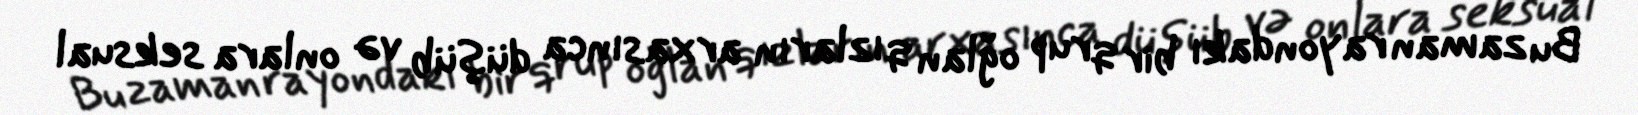
Bu zaman rayondakı bir qrup oğlan qızların arxasınca düşüb və onlara seksual